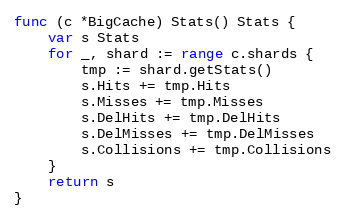
Language: Go
func (c *BigCache) Stats() Stats {
	var s Stats
	for _, shard := range c.shards {
		tmp := shard.getStats()
		s.Hits += tmp.Hits
		s.Misses += tmp.Misses
		s.DelHits += tmp.DelHits
		s.DelMisses += tmp.DelMisses
		s.Collisions += tmp.Collisions
	}
	return s
}